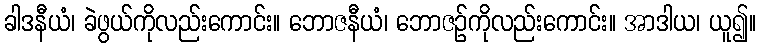
ခါဒနီယံ၊ ခဲဖွယ်ကိုလည်းကောင်း။ ဘောဇနီယံ၊ ဘောဇဉ်ကိုလည်းကောင်း။ အာဒါယ၊ ယူ၍။